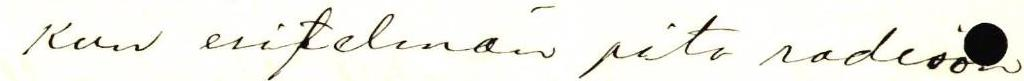
Kun esitelmän pito radios a